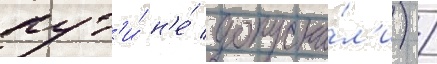
пут'и́ н'е́ допуска́л'и) /